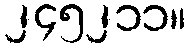
၂၄၅၂၁၁။